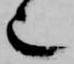
也